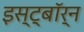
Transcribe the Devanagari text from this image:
इस्ट्बॉर्न